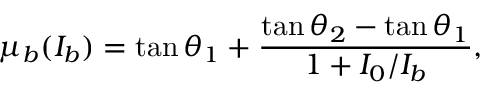
\mu _ { b } ( I _ { b } ) = \tan \theta _ { 1 } + \frac { \tan \theta _ { 2 } - \tan \theta _ { 1 } } { 1 + I _ { 0 } / I _ { b } } ,